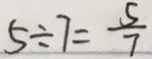
5 \div 7 = \frac { 5 } { 7 }